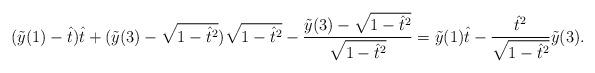
LaTeX: \begin{align*}(\tilde{y}(1)-\hat t)\hat{t}+(\tilde{y}(3)-\sqrt{1-\hat{t}^2})\sqrt{1-\hat t^2} - \frac{\tilde{y}(3)-\sqrt{1-\hat{t}^2}}{\sqrt{1-\hat{t}^2}}=\tilde{y}(1)\hat{t}-\frac{\hat{t}^2}{\sqrt{1-\hat{t}^2}}\tilde{y}(3).\end{align*}